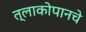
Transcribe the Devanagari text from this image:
त्लाकोपानचे